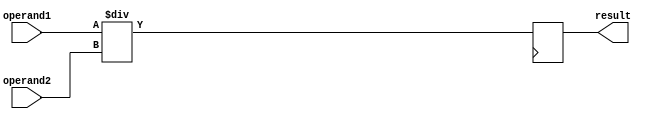
module Pipelined_Divider (
    input signed [31:0] operand1,
    input signed [31:0] operand2,
    output reg signed [31:0] result
);

reg signed [31:0] intermediate_result1;
reg signed [31:0] intermediate_result2;

always @(*) begin
    intermediate_result1 = operand1 / operand2;
    intermediate_result2 = intermediate_result1;
end

always @(posedge clk) begin
    result <= intermediate_result2;
end

endmodule